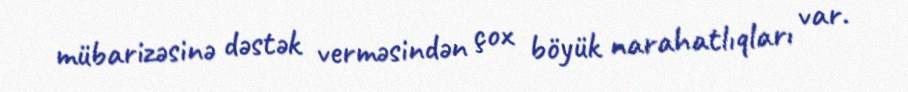
mübarizəsinə dəstək verməsindən çox böyük narahatlıqları var.